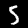
Label: 5